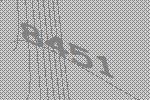
8451